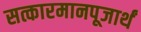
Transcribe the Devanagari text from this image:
सत्कारमानपूजार्थं